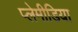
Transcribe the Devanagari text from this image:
प्लेमीडिया